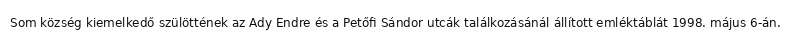
Som község kiemelkedő szülöttének az Ady Endre és a Petőfi Sándor utcák találkozásánál állított emléktáblát 1998. május 6-án.